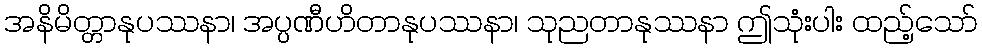
အနိမိတ္တာနုပဿနာ၊ အပ္ပဏီဟိတာနုပဿနာ၊ သုညတာနုဿနာ ဤသုံးပါး ထည့်သော်